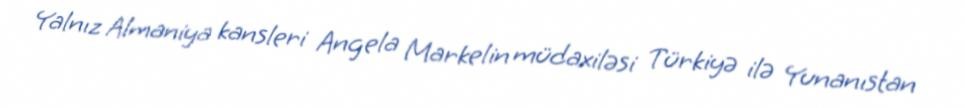
Yalnız Almaniya kansleri Angela Markelin müdaxiləsi Türkiyə ilə Yunanıstan